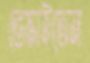
ভেস্তাইতেন